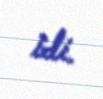
idi.